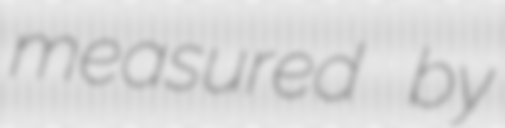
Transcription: measured by